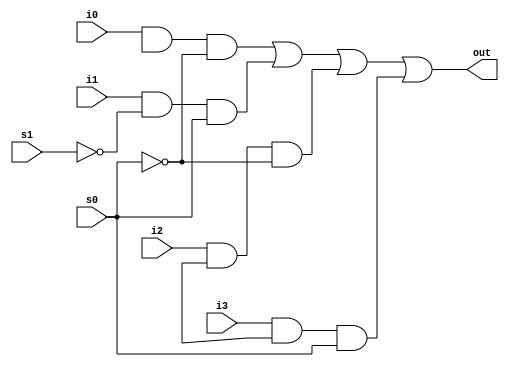
module mux4_to_1(out,i0,i1,i2,i3,s1,s0);

//port declarations
	output wire out;
	input wire i0,i1,i2,i3;
	input wire s1,s0;

//internal wire declarations
	wire s1n, s0n;
	wire y0,y1,y2,y3;
//gate instantiations
	not (s1n,s1);
	not (s0n,s0);
	and (y0,i0,sln,s0n);
	and (y1,i1,s1n,s0);
	and (y2,i2,sl,s0n);
	and (y3,i3,sl,s0);
	or (out,y0,y1,y2,y3);

endmodule